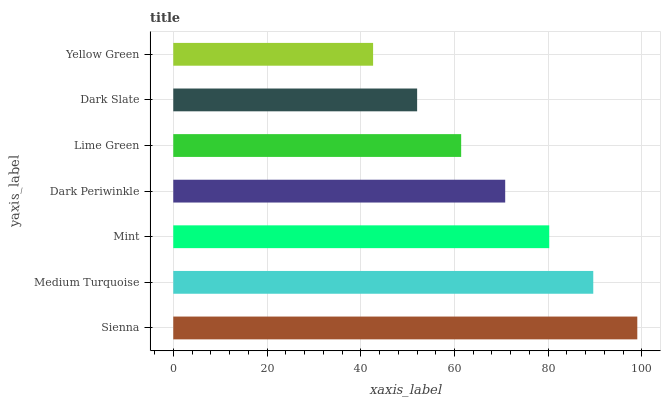
| yaxis_label | bars |
 | --- | --- |
 | Sienna | 99 |
 | Medium Turquoise | 89.6 |
 | Mint | 80.2 |
 | Dark Periwinkle | 70.8 |
 | Lime Green | 61.4 |
 | Dark Slate | 52 |
 | Yellow Green | 42.6 |